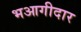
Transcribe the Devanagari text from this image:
भआगीदार